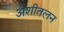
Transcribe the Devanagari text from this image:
अशीतलन